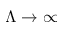
\Lambda \rightarrow \infty